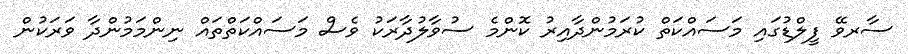
ސާރވޭ ފީލްޑުގައި މަސައްކަތް ކުރަމުންދާއިރު ކޮންމެ ސުވާލުދާރަކު ވެސް މަސައްކަތްތައް ނިންމަމުންދާ ވަރަކުން